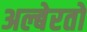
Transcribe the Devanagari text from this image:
अल्बेरतो